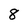
Character: 8